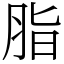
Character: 脂